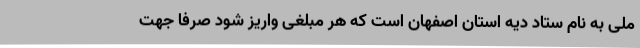
ملی به نام ستاد دیه استان اصفهان است که هر مبلغی واریز شود صرفا جهت